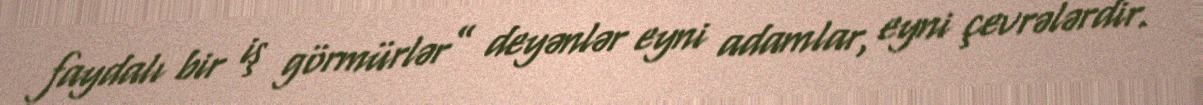
faydalı bir iş görmürlər” deyənlər eyni adamlar, eyni çevrələrdir.